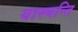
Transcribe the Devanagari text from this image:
यास्यन्ति